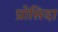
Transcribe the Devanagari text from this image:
प्रोसिदा